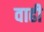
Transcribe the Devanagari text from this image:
वाढी